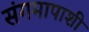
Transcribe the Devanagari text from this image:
संगमापाशी